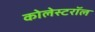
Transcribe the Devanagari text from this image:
कोलेस्टरॉल